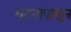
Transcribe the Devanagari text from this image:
घटनांपासून